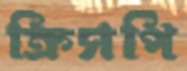
ক্রিসপি